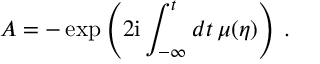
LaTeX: A = - \exp \left( 2 \mathrm { i } \int _ { - \infty } ^ { t } d t \, \mu ( \eta ) \right) \, .